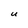
Character: U